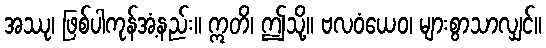
အဿု၊ ဖြစ်ပါကုန်အံ့နည်း။ ဣတိ၊ ဤသို့။ ဗလဝံယေဝ၊ များစွာသာလျှင်။